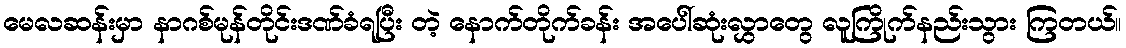
မေလဆန်းမှာ နာဂစ်မုန်တိုင်းဒဏ်ခံရပြီး တဲ့ နောက်တိုက်ခန်း အပေါ်ဆုံးလွှာတွေ လူကြိုက်နည်းသွား ကြတယ်။